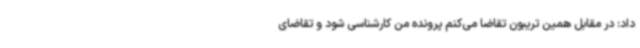
داد: در مقابل همین تریبون تقاضا می‌کنم پرونده من کارشناسی شود و تقاضای